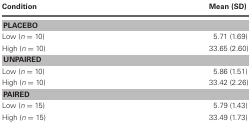
| Condition | Mean (SD) |
 | --- | --- |
 | <COLSPAN=2> PLACEBO |
 | Low (n = 10) | 5.71 (1.69) |
 | High (n = 10) | 33.65 (2.60) |
 | <COLSPAN=2> UNPAIRED |
 | Low (n = 10) | 5.86 (1.51) |
 | High (n = 10) | 33.42 (2.26) |
 | <COLSPAN=2> PAIRED |
 | Low (n = 15) | 5.79 (1.43) |
 | High (n = 15) | 33.49 (1.73) |